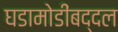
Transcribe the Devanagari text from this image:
घडामोडींबद्दल